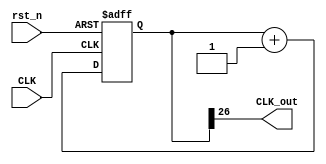
`timescale 1ns / 1ps
`define freq_div_bit 27
module freq_div(
    input CLK,
    input rst_n,
    output CLK_out
    );
    wire [`freq_div_bit-2:0]temp;
    reg [`freq_div_bit-1:0] count;
    reg [`freq_div_bit-1:0] count_temp;
        always@(*)
            count_temp = count+1;
        always@(posedge CLK or negedge rst_n)
        begin
            if(~rst_n)
                count <= `freq_div_bit'd0;
            else
                count <= count_temp;
        end
     assign {CLK_out,temp} = count;
endmodule